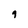
Character: 9